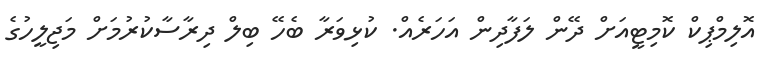
އޮލިމްޕިކް ކޮމިޓީއަށް ދޭން ލަފާދިން އަހަރެއް. ކުޅިވަރާ ބެހޭ ބިލް ދިރާސާކުރުމަށް މަޖިލީހުގެ